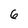
Character: 6